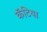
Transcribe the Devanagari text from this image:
कॅटिया